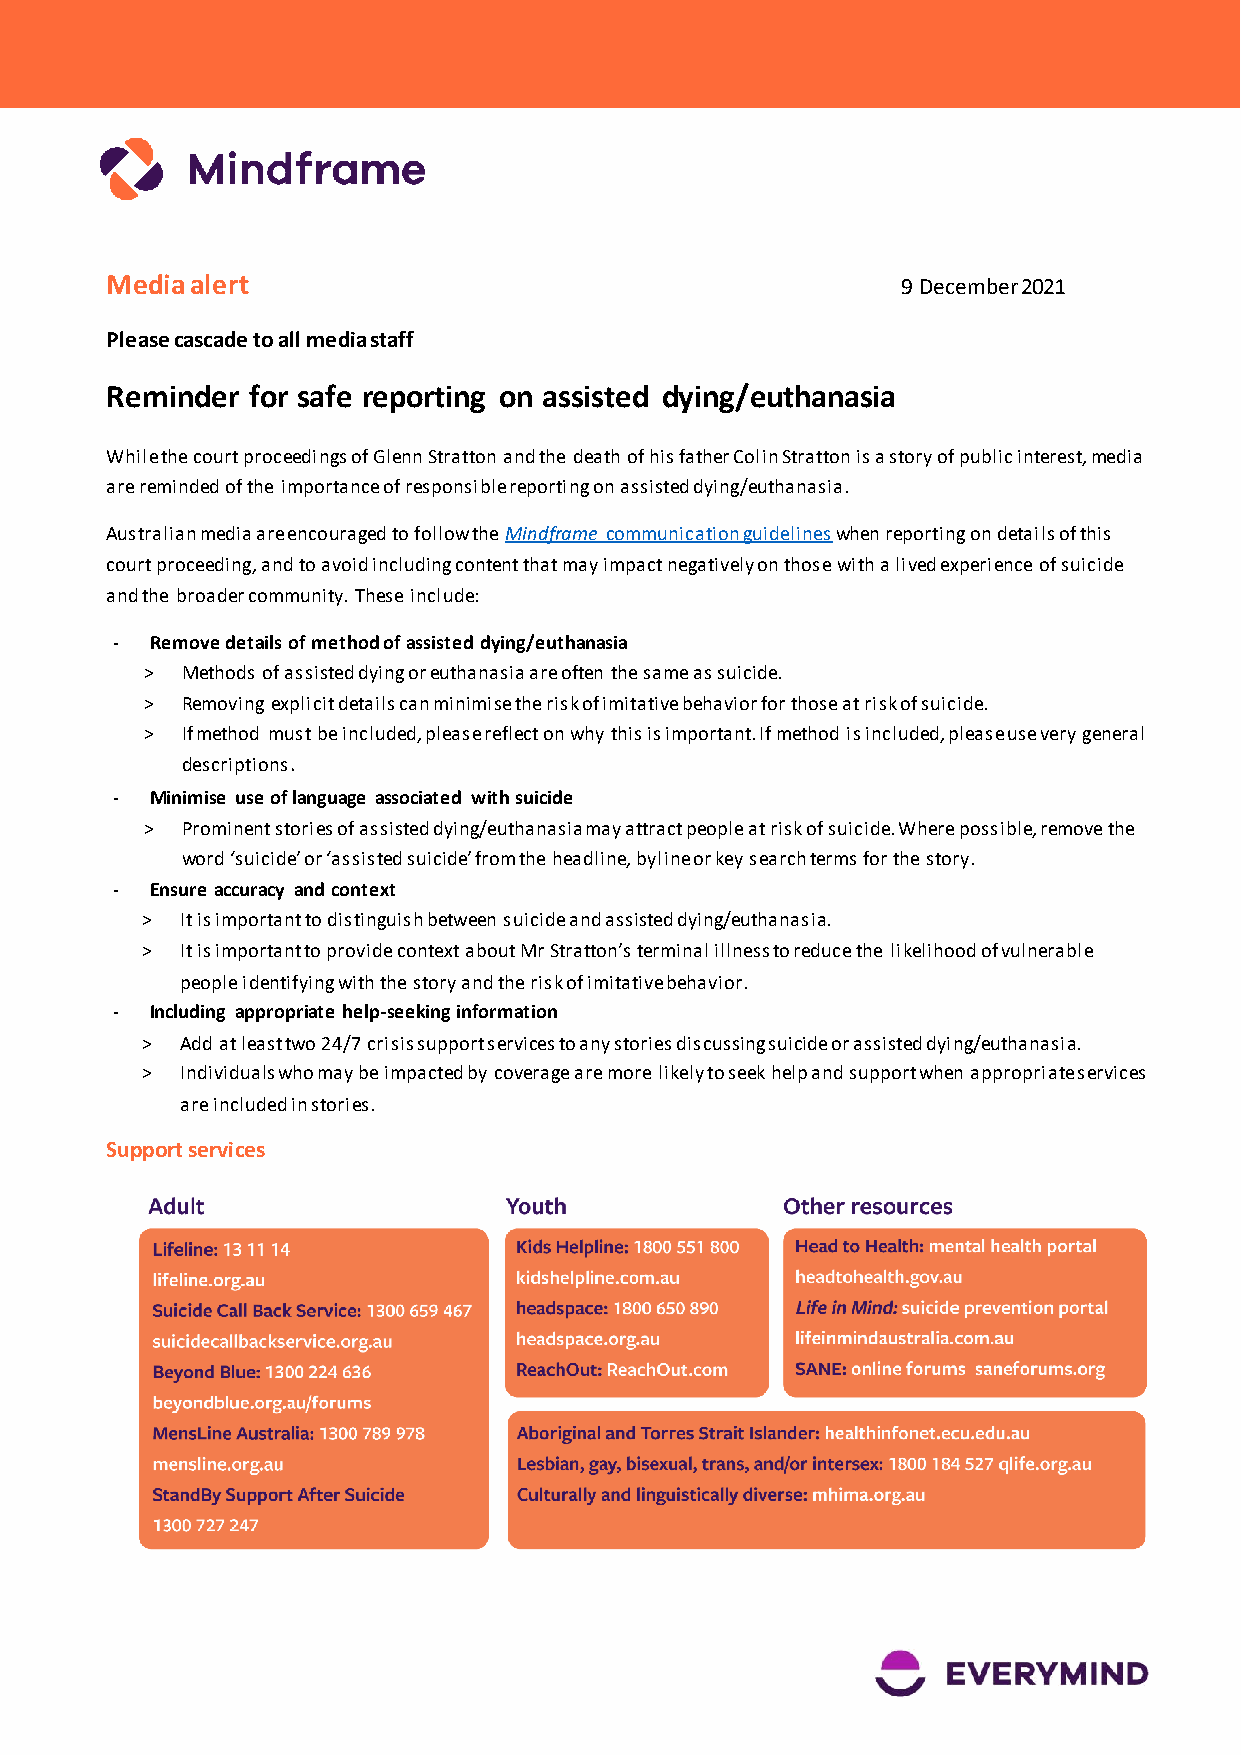
Media alert                                          9 December 2021
 Please cascade to all media staff
 Reminder for safe reporting on assisted dying/euthanasia
 While the court proceedings of Glenn Stratton and the death of his father Colin Stratton is a story of public interest, media
 are reminded of the importance of responsible reporting on assisted dying/euthanasia.
 Australian media are encouraged to follow the Mindframe communication guidelines when reporting on details of this
 court proceeding, and to avoid including content that may impact negatively on those with a lived experience of suicide
 and the broader community. These include:
 -  Remove details of method of assisted dying/euthanasia
 > Methods of assisted dying or euthanasia are often the same as suicide.
 > Removing explicit details can minimise the risk of imitative behavior for those at risk of suicide.
 > If method must be included, please reflect on why this is important. If method is included, please use very general
 descriptions.
 -  Minimise use of language associated with suicide
 > Prominent stories of assisted dying/euthanasia may attract people at risk of suicide. Where possible, remove the
 word ‘suicide’ or ‘assisted suicide’ from the headline, byline or key search terms for the story.
 -  Ensure accuracy and context
 >  It is important to distinguish between suicide and assisted dying/euthanasia.
 >  It is important to provide context about Mr Stratton’s terminal illness to reduce the likelihood of vulnerable
 people identifying with the story and the risk of imitative behavior.
 -  Including appropriate help-seeking information
 >  Add at least two 24/7 crisis support services to any stories discussing suicide or assisted dying/euthanasia.
 >  Individuals who may be impacted by coverage are more likely to seek help and support when appropriate services
 are included in stories.
 Support services